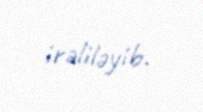
irəliləyib.